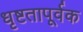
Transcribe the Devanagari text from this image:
धृष्टतापूर्वक